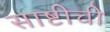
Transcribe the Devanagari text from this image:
साष्टीची